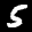
Label: 5